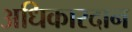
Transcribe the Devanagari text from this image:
अधिकारदान